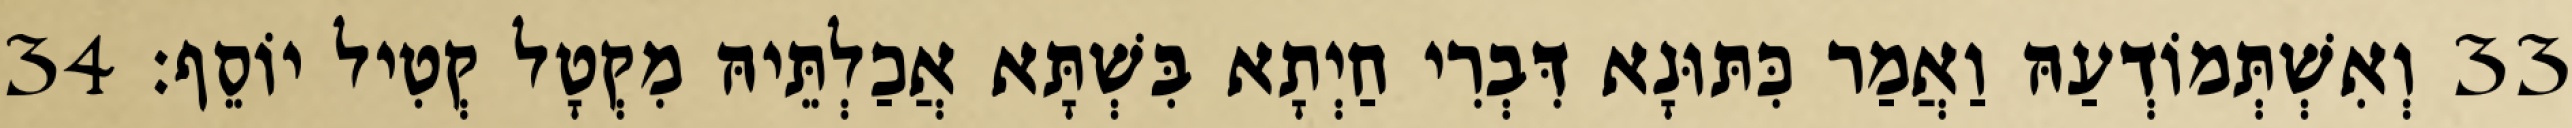
33 וְאִשְׁתְּמוֹדְעַהּ וַאֲמַר כִּתּוּנָא דִּבְרִי חַיְתָא בִּשְׁתָּא אֲכַלְתֵּיהּ מִקְטָל קְטִיל יוֹסֵף׃ 34